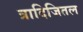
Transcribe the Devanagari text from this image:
त्रादिजितल